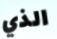
الذي